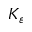
K _ { \varepsilon }